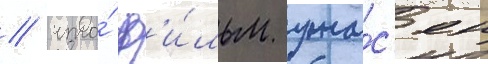
/ что́ ф'и́льм ужа́с'ен